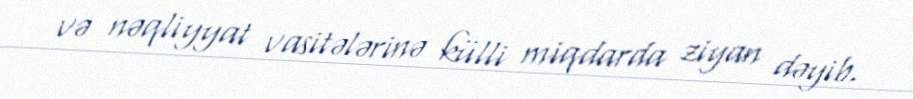
və nəqliyyat vasitələrinə külli miqdarda ziyan dəyib.